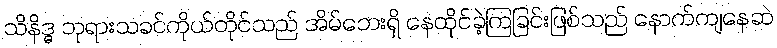
သိနိဒ္ဓ ဘုရားသခင်ကိုယ်တိုင်သည် အိမ်ဘေးရှိ နေထိုင်ခဲ့ကြခြင်းဖြစ်သည် နောက်ကျနေဆဲ